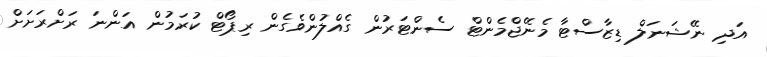
އަދި ނޭޝަނަލް ޑިޒާސްޓާ މެނޭޖްމެންޓް ސެންޓަރުން ގެއްލުންވެގެން ރިޕޯޓް ކުރަމުން އަންނަ ރަށްރަށަށް